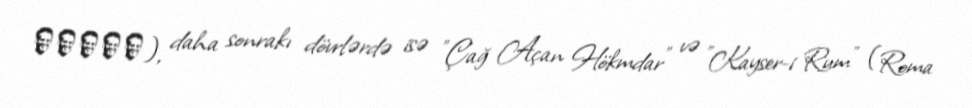
الفتح), daha sonrakı dövrlərdə isə "Çağ Açan Hökmdar" və "Kayser-i Rum" (Roma